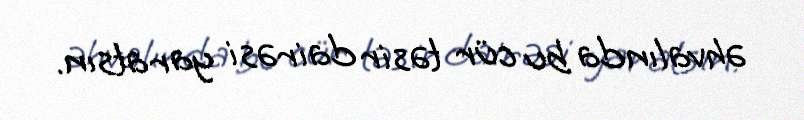
əhvalında bu cür təsir dairəsi yaratsın.